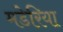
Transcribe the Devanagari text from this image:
मडेरिया